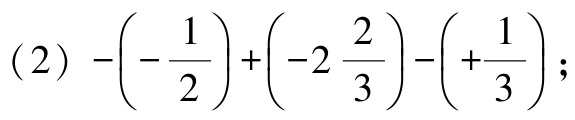
（2）\(-\left(-\dfrac{1}{2}\right)+\left(-2\dfrac{2}{3}\right)-\left(+\dfrac{1}{3}\right)\)；